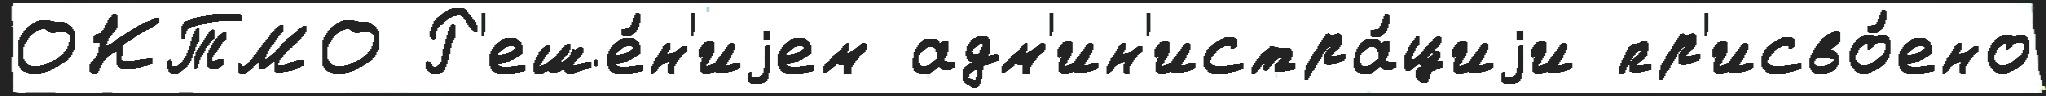
ОКТМО Р'еше́н'иjем адм'ин'истра́циjи пр'исво́ено